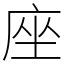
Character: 座